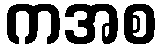
ကအစ